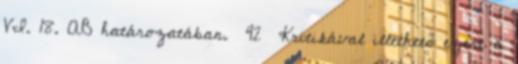
VI. 18. AB határozatában. 42 Kritikával illethető ezért a